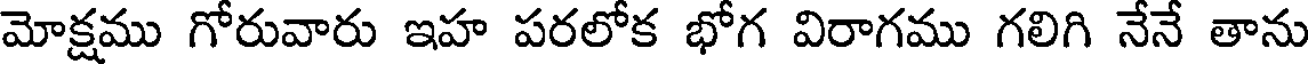
మోక్షము గోరువారు ఇహ పరలోక భోగ విరాగము గలిగి నేనే తాను